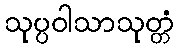
သုပ္ပဝါသာသုတ္တံ